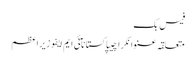
فیس بک
متعلقہ عنوانکراچیپاکستانآئی ایم ایفوزیراعظم